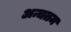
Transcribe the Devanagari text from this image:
अन्चतम